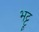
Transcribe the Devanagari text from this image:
भट्टू